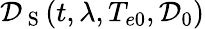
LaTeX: \mathcal{D}_{\mathrm{{~S~}}}(t,\lambda,T_{e0},\mathcal{D}_{0})